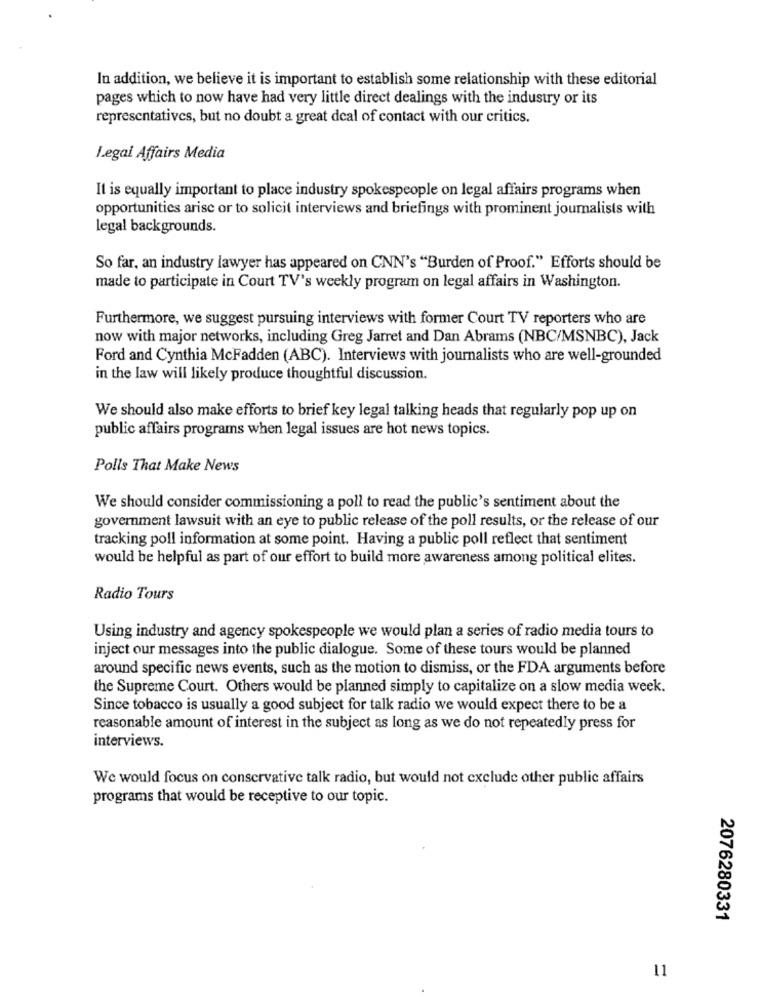
In addition, we believe it is important to establish some relationship with these editorial
pages which to now have had very little direct dealings with the industry or its
representatives, but no doubt a great deal of contact with our critics.
Legal Affairs Media
It is equally important to place industry spokespeople on legal affairs programs when
opportunities arise or to solicit interviews and briefings with prominent journalists with
legal backgrounds.
So far, an industry lawyer has appeared on CNN's "Burden of Proof." Efforts should be
made to participate in Court TV's weekly program on legal affairs in Washington.
Furthermore, we suggest pursuing interviews with former Court TV reporters who are
now with major networks, including Greg Jarret and Dan Abrams (NBC/MSNBC), Jack
Ford and Cynthia McFadden (ABC). Interviews with journalists who are well-grounded
in the law will likely produce thoughtful discussion.
We should also make efforts to brief key legal talking heads that regularly pop up on
public affairs programs when legal issues are hot news topics.
Polls That Make News
We should consider commissioning a poll to read the public's sentiment about the
government lawsuit with an eye to public release of the poll results, or the release of our
tracking poll information at some point. Having a public poll reflect that sentiment
would be helpful as part of our effort to build more awareness among political elites.
Radio Tours
Using industry and agency spokespeople we would plan a series of radio media tours to
inject our messages into the public dialogue. Some of these tours would be planned
around specific news events, such as the motion to dismiss, or the FDA arguments before
the Supreme Court. Others would be planned simply to capitalize on a slow media week.
Since tobacco is usually a good subject for talk radio we would expect there to be a
reasonable amount of interest in the subject as long as we do not repeatedly press for
interviews.
We would focus on conservative talk radio, but would not exclude other public affairs
programs that would be receptive to our topic.
2076280331
11